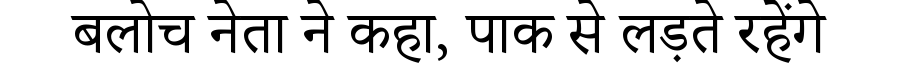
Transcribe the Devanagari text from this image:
बलोच नेता ने कहा, पाक से लड़ते रहेंगे